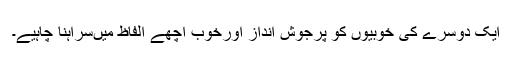
ایک دوسرے کی خوبیوں کو پرجوش انداز اورخوب اچھے الفاظ میںسراہنا چاہیے۔